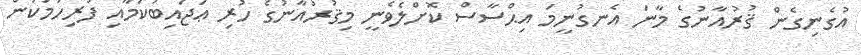
އުގެނިގެން ޤުރުއާނުގެ މާނަ އެނގުނީމަ އިޙްސާސް ކޮށްލެވެނީ މިޤުރުއާނުގެ ހުރި ޢަޖައިބުކަމާއި ފުރިހަމަކަން